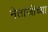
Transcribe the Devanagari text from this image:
नेताजीच्या